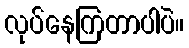
လုပ်နေကြတာပါပဲ။